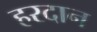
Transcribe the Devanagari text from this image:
हरदान